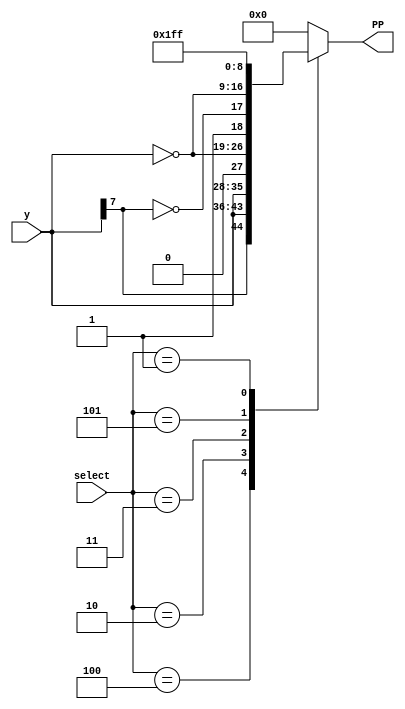
// Booth Selector Module Radix-4

module Booth_Selector (
    input wire [2:0] select,
    input wire [7:0] y,
    output wire [8:0] PP
);

    reg[8:0] pp_temp;

    always@(*)begin
        case(select)        // select[2] = single, select[1] = double, select[0] = negative 
            3'b000: pp_temp = 9'b0_0000_0000;   // 0
            3'b100: pp_temp = {y[7], y};     // y
            3'b010: pp_temp = {y, 1'b0};     // 2y
            3'b011: pp_temp = {~y, 1'b1};    // -2y
            3'b101: pp_temp = {~y[7], ~y};   // -y
            3'b001: pp_temp = 9'b1_1111_1111;   // -0
            default: pp_temp = 9'b0_0000_0000;   // 0
        endcase
    end

    assign PP = pp_temp;

endmodule